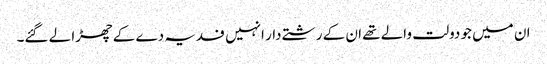
ان میں جو دولت والے تھے ان کے رشتے دار انہیں فدیہ دے کے چھڑا لے گئے۔